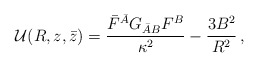
\begin{align*}{\cal U}(R,z,\bar z)= \frac{\bar F^{\bar A} G_{\bar A B} F^B}{\kappa^2} - \frac{3 B^2}{R^2} \, ,\end{align*}